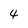
Character: 4